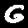
Digit: 6